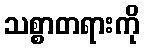
သစ္စာတရားကို